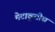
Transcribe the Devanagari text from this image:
मेटाकुटीस